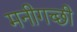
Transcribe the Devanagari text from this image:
मनीगच्छी